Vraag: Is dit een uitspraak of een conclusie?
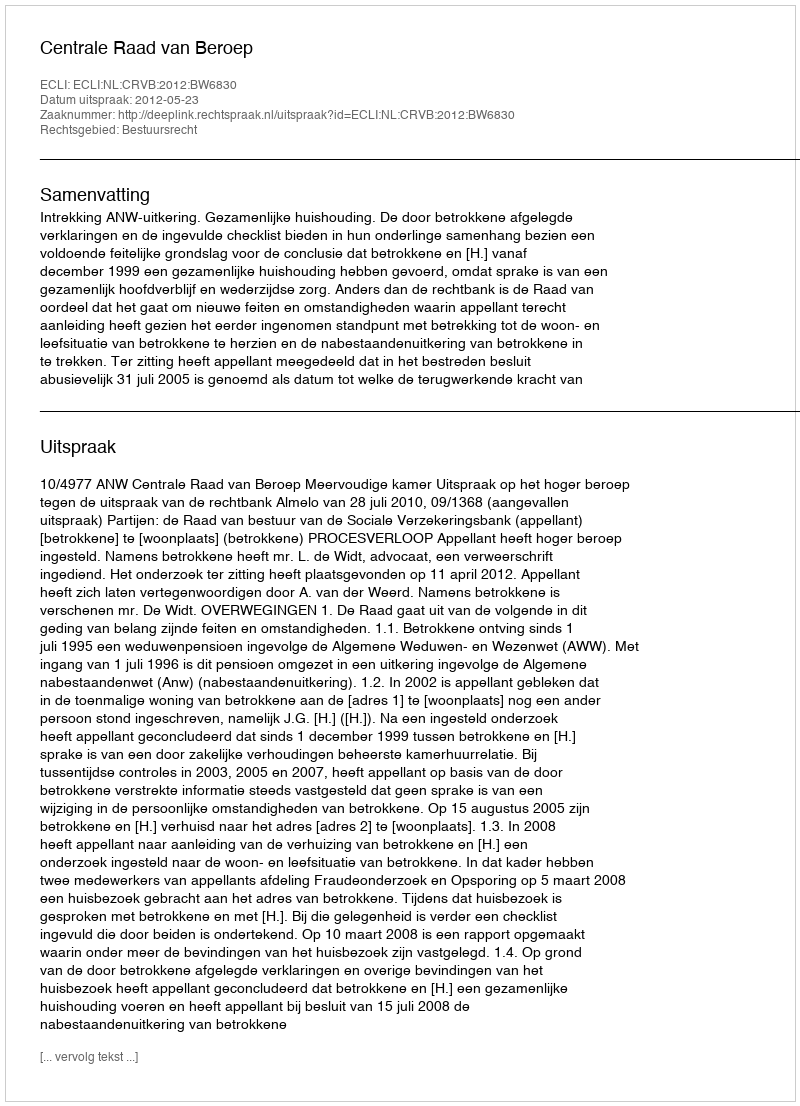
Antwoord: Uitspraak